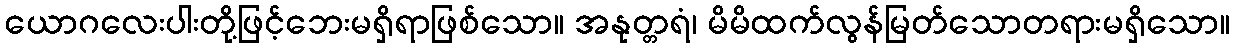
ယောဂလေးပါးတို့ဖြင့်ဘေးမရှိရာဖြစ်သော။ အနုတ္တရံ၊ မိမိထက်လွန်မြတ်သောတရားမရှိသော။